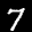
Label: 7